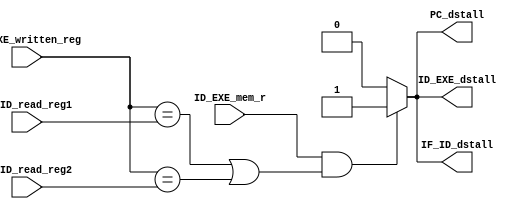
`timescale 1ps / 1ps
//////////////////////////////////////////////////////////////////////////////////
// Company: 
// Engineer: 
// 
// Design Name: 
// Module Name: Data_Stall
// Project Name: 
// Target Devices: 
// Tool Versions: 
// Description: 
// 
// Dependencies: 
// 
// Revision:
// Revision 0.01 - File Created
// Additional Comments:
// 
//////////////////////////////////////////////////////////////////////////////////


module Data_Stall(
        /*
        Load-Use Hazard Detection

        Check when using instruction is decoded in ID stage

        ALU operand register numbers in ID stage are given by
                 IF/ID.RegisterRs, IF/ID.RegisterRt
                
        Load-use hazard when
                 ID/EX.MemRead and
                ((ID/EX.RegisterRd = IF/ID.RegisterRs) or
                (ID/EX.RegisterRd = IF/ID.RegisterRt))

        If detected, stall and insert bubble

        REFERENCE:
        "ELEC5140
        Advanced Computer Architecture
        Prof. Wei Zhang, ECE, HKUST
        GENERAL INTRODUCTION"
        */

        // Input:
        input ID_EXE_mem_r,
        input [4:0] ID_EXE_written_reg,

        input [4:0] IF_ID_read_reg1,
        input [4:0] IF_ID_read_reg2,

        // Output:
        output reg PC_dstall,
        output reg IF_ID_dstall,
        output reg ID_EXE_dstall       
    );
    always @ (*) begin
        PC_dstall = 0;
        IF_ID_dstall = 0;
        ID_EXE_dstall = 0;
        if (ID_EXE_mem_r
        && ((ID_EXE_written_reg == IF_ID_read_reg1)
        || (ID_EXE_written_reg == IF_ID_read_reg2))) begin
            PC_dstall = 1;
            IF_ID_dstall = 1;
            ID_EXE_dstall = 1;
        end
    end
endmodule